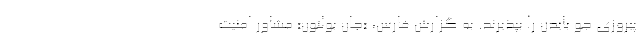
پیروزی جو بایدن را بپذیرند. به گزارش فارس، «جان بولتون» مشاور امنیت